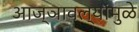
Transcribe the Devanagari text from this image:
आज्ञावल्यांमुळे